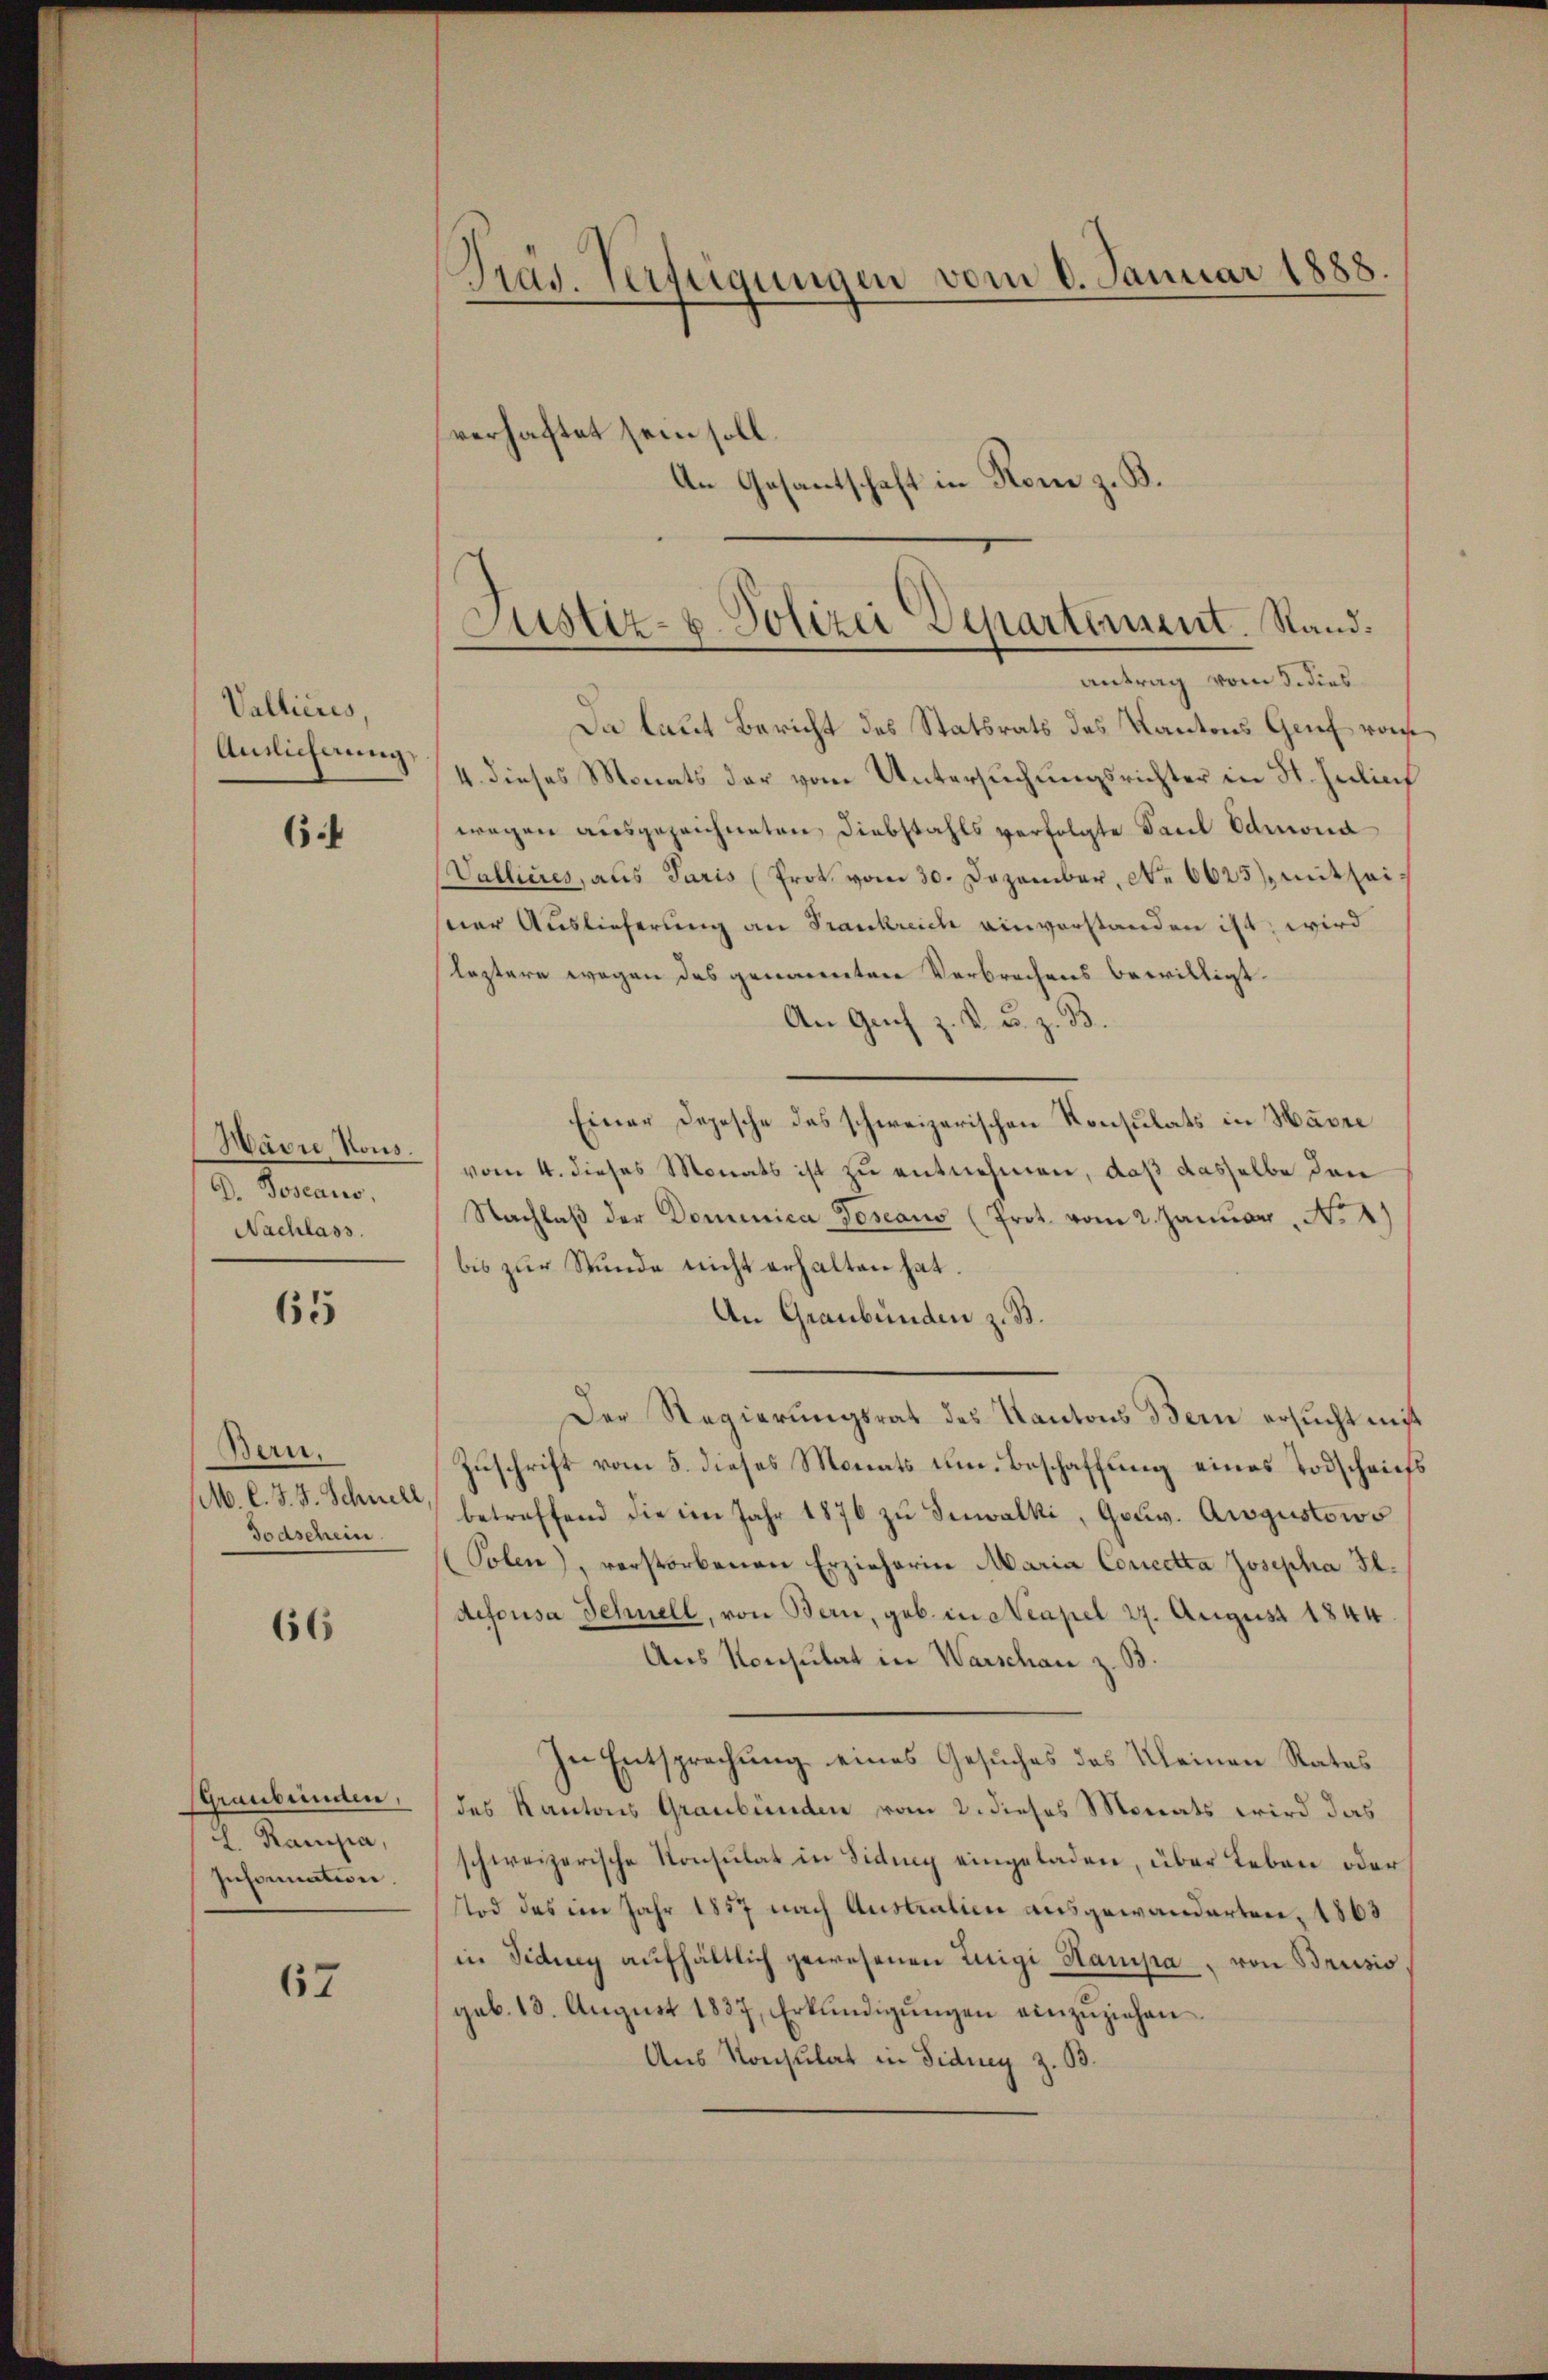
Vallieres,
Aunlicherung

6

Havre Nous.
G. Joseaus,
Nachlass.

65

Ben.
doaschein

66

H. Rampa,
Information.

67

Da laut Bericht des Statsrats des Kantons Genf von
4 dieses Monats der vom Untersuchungsrichter in St. Julius
wegen ausgezeichneten Diebstahls verfolgte Paul Admona
Vallières, als Juris (Prot. vom 30. Dezember, No 6625 mitheisner Auslieferung an Frankreich einverstanden ist, wird
leztere wegen des genomenten Verbrechens bewilligt.
An Gach z. K. u. z. B.
Einer Depesche des schweizerischen Konsulats in Havre
vom 4. dieses Monats ist zu entnehmen, daß dasselbe den
Nachlaβ der Domenica Toseaus (Prot. vom 2. Januar, No 4)
bis zur Stunde nicht erhalten hat.
An Graubünden z. B.
Der Regierungsrat des Kantons Bern ersucht mit
Zuschrift vom 5. dieses Monats um Beschaffung eines Todschaifs
M. l. J. J. Schne betreffend die im Jahr 1876 zŭ Suwalki, Gouv. Augustows
(Polen, verstorbenen Erzieherin Maria Concetta Josepha Il.
defousa Schnell, von Bern, geb. in Neapel 27. August 1844
Aus Konsulat in Warschan z. B.
In Entsprechung eines Gesuches des Kleinen Rates
(Graubünden des Kantons Graubünden vom 2. dieses Monats wird das
schweizerische Konsulat in Siding eingeladen, über Leben oder
Tod des im Jahr 1857 nach Austration ausgewanderten, 1863
in Fidung aufhältlich gewesenen Luigi Hamipa " von Brissio,
geb. 13. August 1837, Erkundigŭngen einzŭziehen.
Aus Konsulat in Fidney z. B.

Präs. Verfügungen vom 6. Januar 1888.
verhaftet sein soll.
An Gesantschaft in Rom z. B.

Justiz- u. Polizei Departement. Stand.
antrag vom 3. dies